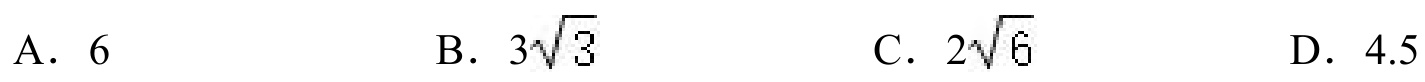
A. $6$  \qquad B. $3\sqrt{3}$  \qquad C. $2\sqrt{6}$  \qquad D. $4.5$